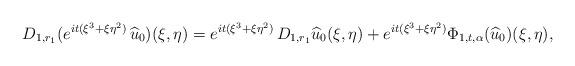
LaTeX: \begin{align*} D_{1,r_1} (e^{it(\xi^3 + \xi \eta^2)}\,\widehat u_0)(\xi, \eta) = e^{it(\xi^3 + \xi \eta^2)}\, D_{1,r_1}\widehat u_0(\xi,\eta) + e^{it(\xi^3 + \xi \eta^2)} \Phi_{1, t,\alpha}(\widehat u_0)(\xi, \eta), \end{align*}